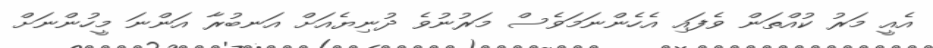
އެއީ މަރު ކުއްތަން ވެފައި އެހެންނަމަވެސް މަރުނުވެ ދުނިޔެއަށް އަނބުރާ އަންނަ މީހުންނަށް